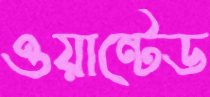
ওয়ান্টেড